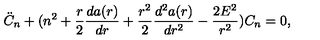
\ddot { C } _ { n } + ( n ^ { 2 } + \frac { r } { 2 } \frac { d a ( r ) } { d r } + \frac { r ^ { 2 } } { 2 } \frac { d ^ { 2 } a ( r ) } { d r ^ { 2 } } - \frac { 2 E ^ { 2 } } { r ^ { 2 } } ) C _ { n } = 0 ,